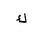
Letter: _kaf